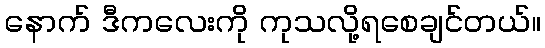
နောက် ဒီကလေးကို ကုသလို့ရစေချင်တယ်။